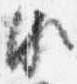
頗